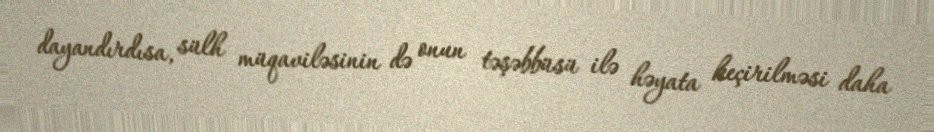
dayandırdısa, sülh müqaviləsinin də onun təşəbbüsü ilə həyata keçirilməsi daha